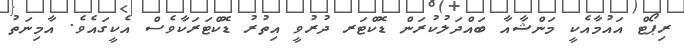
ރިޕޯޓް އައުމާއެކީ މަންޝާއާ ބައްދަލުކުރަން ޑޮކްޓަރ ދުރުވީ އިތުރު ޑޮކްޓަރަކާވެސް އެކީގައެވެ. އާމިނަތު